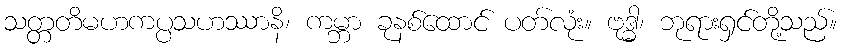
သတ္တတိမဟကပ္ပသဟဿာနိ၊ ကမ္ဘာ ခုနစ်ထောင် ပတ်လုံး။ ဗုဒ္ဓါ၊ ဘုရားရှင်တို့သည်။